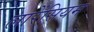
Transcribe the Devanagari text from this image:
लारेंसियम